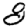
Digit: 8